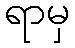
ရာမှ